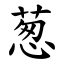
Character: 葱